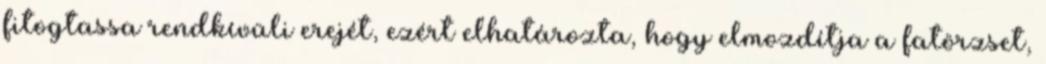
fitogtassa rendkívüli erejét, ezért elhatározta, hogy elmozdítja a fatörzset,